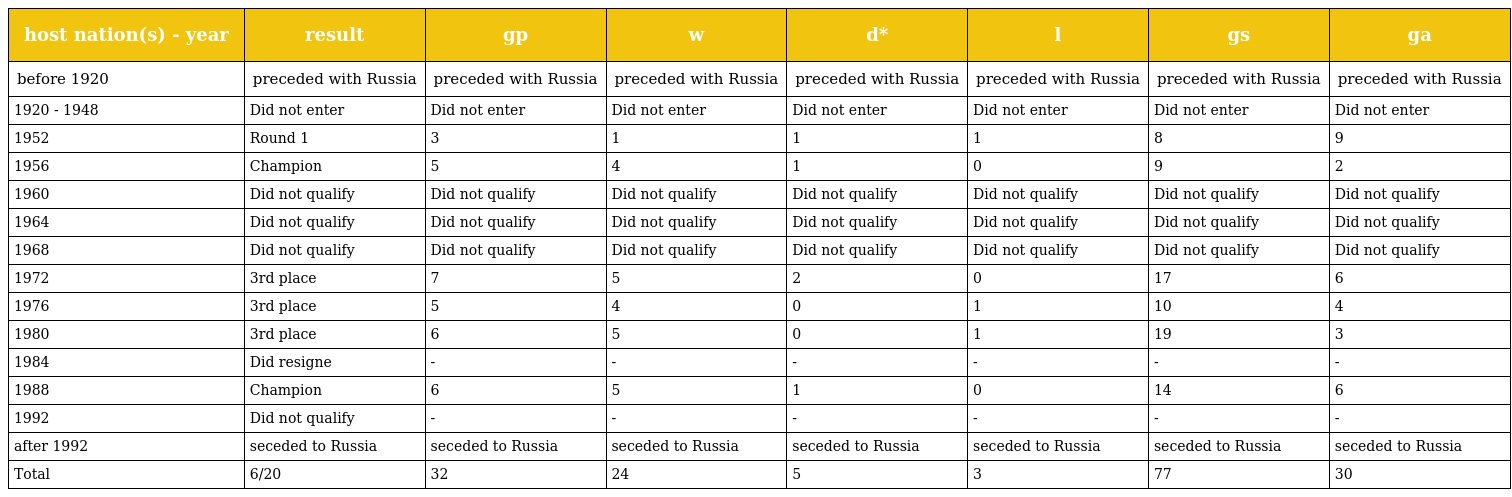
| host nation(s) - year | result | gp | w | d* | l | gs | ga |
 | --- | --- | --- | --- | --- | --- | --- | --- |
 | before 1920 | preceded with Russia | preceded with Russia | preceded with Russia | preceded with Russia | preceded with Russia | preceded with Russia | preceded with Russia |
 | 1920 - 1948 | Did not enter | Did not enter | Did not enter | Did not enter | Did not enter | Did not enter | Did not enter |
 | 1952 | Round 1 | 3 | 1 | 1 | 1 | 8 | 9 |
 | 1956 | Champion | 5 | 4 | 1 | 0 | 9 | 2 |
 | 1960 | Did not qualify | Did not qualify | Did not qualify | Did not qualify | Did not qualify | Did not qualify | Did not qualify |
 | 1964 | Did not qualify | Did not qualify | Did not qualify | Did not qualify | Did not qualify | Did not qualify | Did not qualify |
 | 1968 | Did not qualify | Did not qualify | Did not qualify | Did not qualify | Did not qualify | Did not qualify | Did not qualify |
 | 1972 | 3rd place | 7 | 5 | 2 | 0 | 17 | 6 |
 | 1976 | 3rd place | 5 | 4 | 0 | 1 | 10 | 4 |
 | 1980 | 3rd place | 6 | 5 | 0 | 1 | 19 | 3 |
 | 1984 | Did resigne | - | - | - | - | - | - |
 | 1988 | Champion | 6 | 5 | 1 | 0 | 14 | 6 |
 | 1992 | Did not qualify | - | - | - | - | - | - |
 | after 1992 | seceded to Russia | seceded to Russia | seceded to Russia | seceded to Russia | seceded to Russia | seceded to Russia | seceded to Russia |
 | Total | 6/20 | 32 | 24 | 5 | 3 | 77 | 30 |